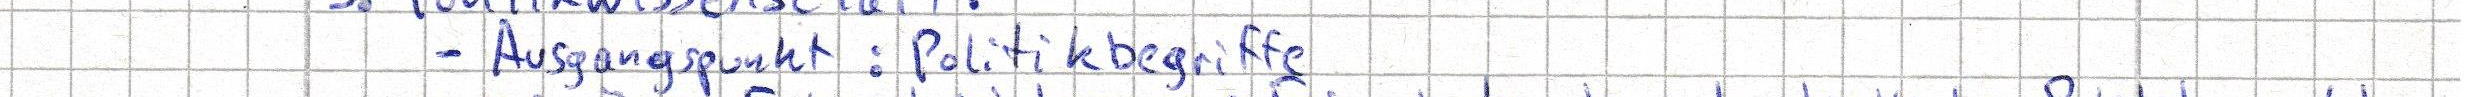
- Ausgangspunkt: Politikbegriffe